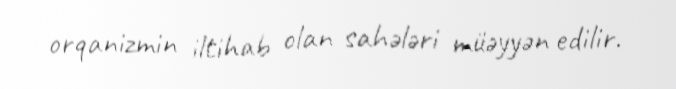
orqanizmin iltihab olan sahələri müəyyən edilir.